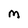
Character: M